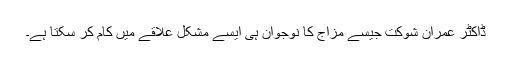
ڈاکٹر عمران شوکت جیسے مزاج کا نوجوان ہی ایسے مشکل علاقے میں کام کر سکتا ہے۔